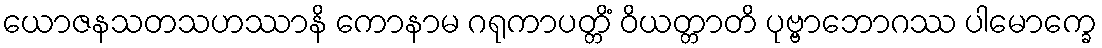
ယောဇနသတသဟဿာနိ ကောနာမ ဂရုကာပတ္တိံ ဝိယတ္တာတိ ပုဗ္ဗာဘောဂဿ ပါမောက္ခေ